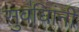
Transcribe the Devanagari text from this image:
सुवधिांनी